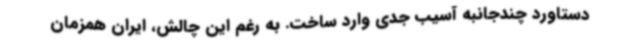
دستاورد چندجانبه آسیب جدی وارد ساخت. به رغم این چالش، ایران همزمان